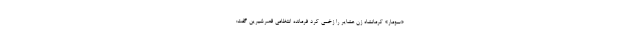
«سومار» کرمانشاه زن عشایر را زخمی کرد فرمانده انتظامی قصرشیرین گفت: